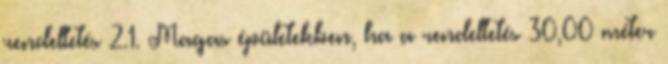
rendeltetés 2.1. Magas épületekben, ha a rendeltetés 30,00 méter